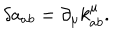
LaTeX: \delta a _ { a b } = \partial _ { \mu } k _ { a b } ^ { \mu } .